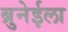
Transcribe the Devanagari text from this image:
ब्रुनेईला